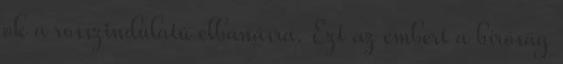
ok a rosszindulatú elbánásra. Ezt az embert a bíróság